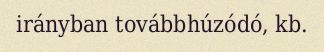
irányban továbbhúzódó, kb.